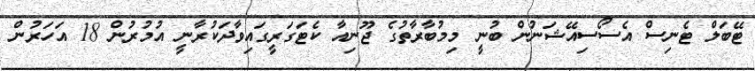
ޓޭބަލް ޓެނިސް އެސޯސިއޭޝަނުން ބުނީ މިމުބާރާތުގެ ޖޫނިއާ ކެޓަގަރީގައިވާދަކުރާނީ އުމުރުން 18 އަހަރުން